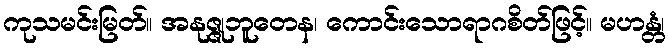
ကုသမင်းမြတ်။ အနုဇ္ဇုဘူတေန၊ ကောင်းသောရာဂစိတ်ဖြင့်။ မဟန္တံ၊